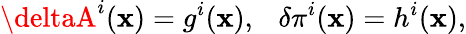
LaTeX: \deltaA^{i}(\mathbf{x})=g^{i}(\mathbf{x}),\ \ \ \delta\pi^{i}(\mathbf{x})=h^{i}(\mathbf{x}),